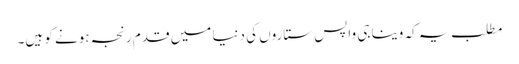
مطلب یہ کہ وینا جی واپس ستاروں کی دنیا میں قدم رنجہ ہونے کو ہیں۔